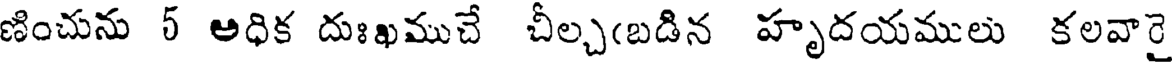
ణించును 5 అధిక దుఃఖముచే చీల్చ(బడిన హృదయములు కలవారై